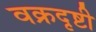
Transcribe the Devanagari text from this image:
वक्रदृष्टी